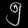
Digit: ၅